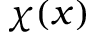
\chi ( \boldsymbol x )